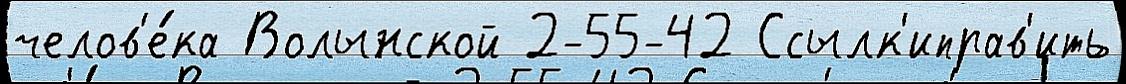
челов'е́ка Волынской 2-55-42 Ссылк'иправ'ить